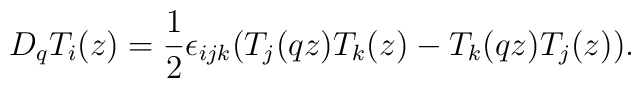
D_qT_i(z)=\frac{1}{2}\epsilon_{ijk}(T_j(qz)T_k(z)-T_k(qz)T_j(z)).